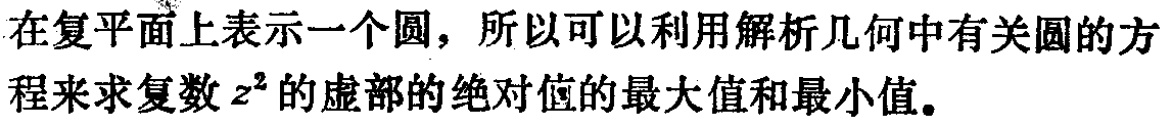
在复平面上表示一个圆，所以可以利用解析几何中有关圆的方程来求复数\(z^{2}\)的虚部的绝对值的最大值和最小值。